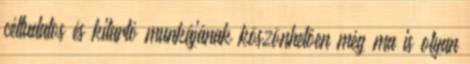
céltudatos és kitartó munkájának köszönhetôen még ma is olyan